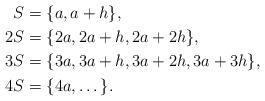
LaTeX: \begin{align*}S & = \{a, a+h \},\\2 S & = \{2a, 2a+h, 2a+ 2h \},\\3 S & = \{3a, 3a+h, 3a+ 2h, 3a + 3h \},\\4 S & = \{4a, \dots \}.\end{align*}